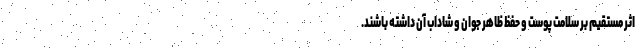
اثر مستقیم بر سلامت پوست و حفظ ظاهر جوان و شاداب آن داشته باشند.